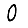
Digit: 0